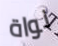
نواة